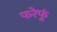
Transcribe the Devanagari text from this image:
फरेफूं